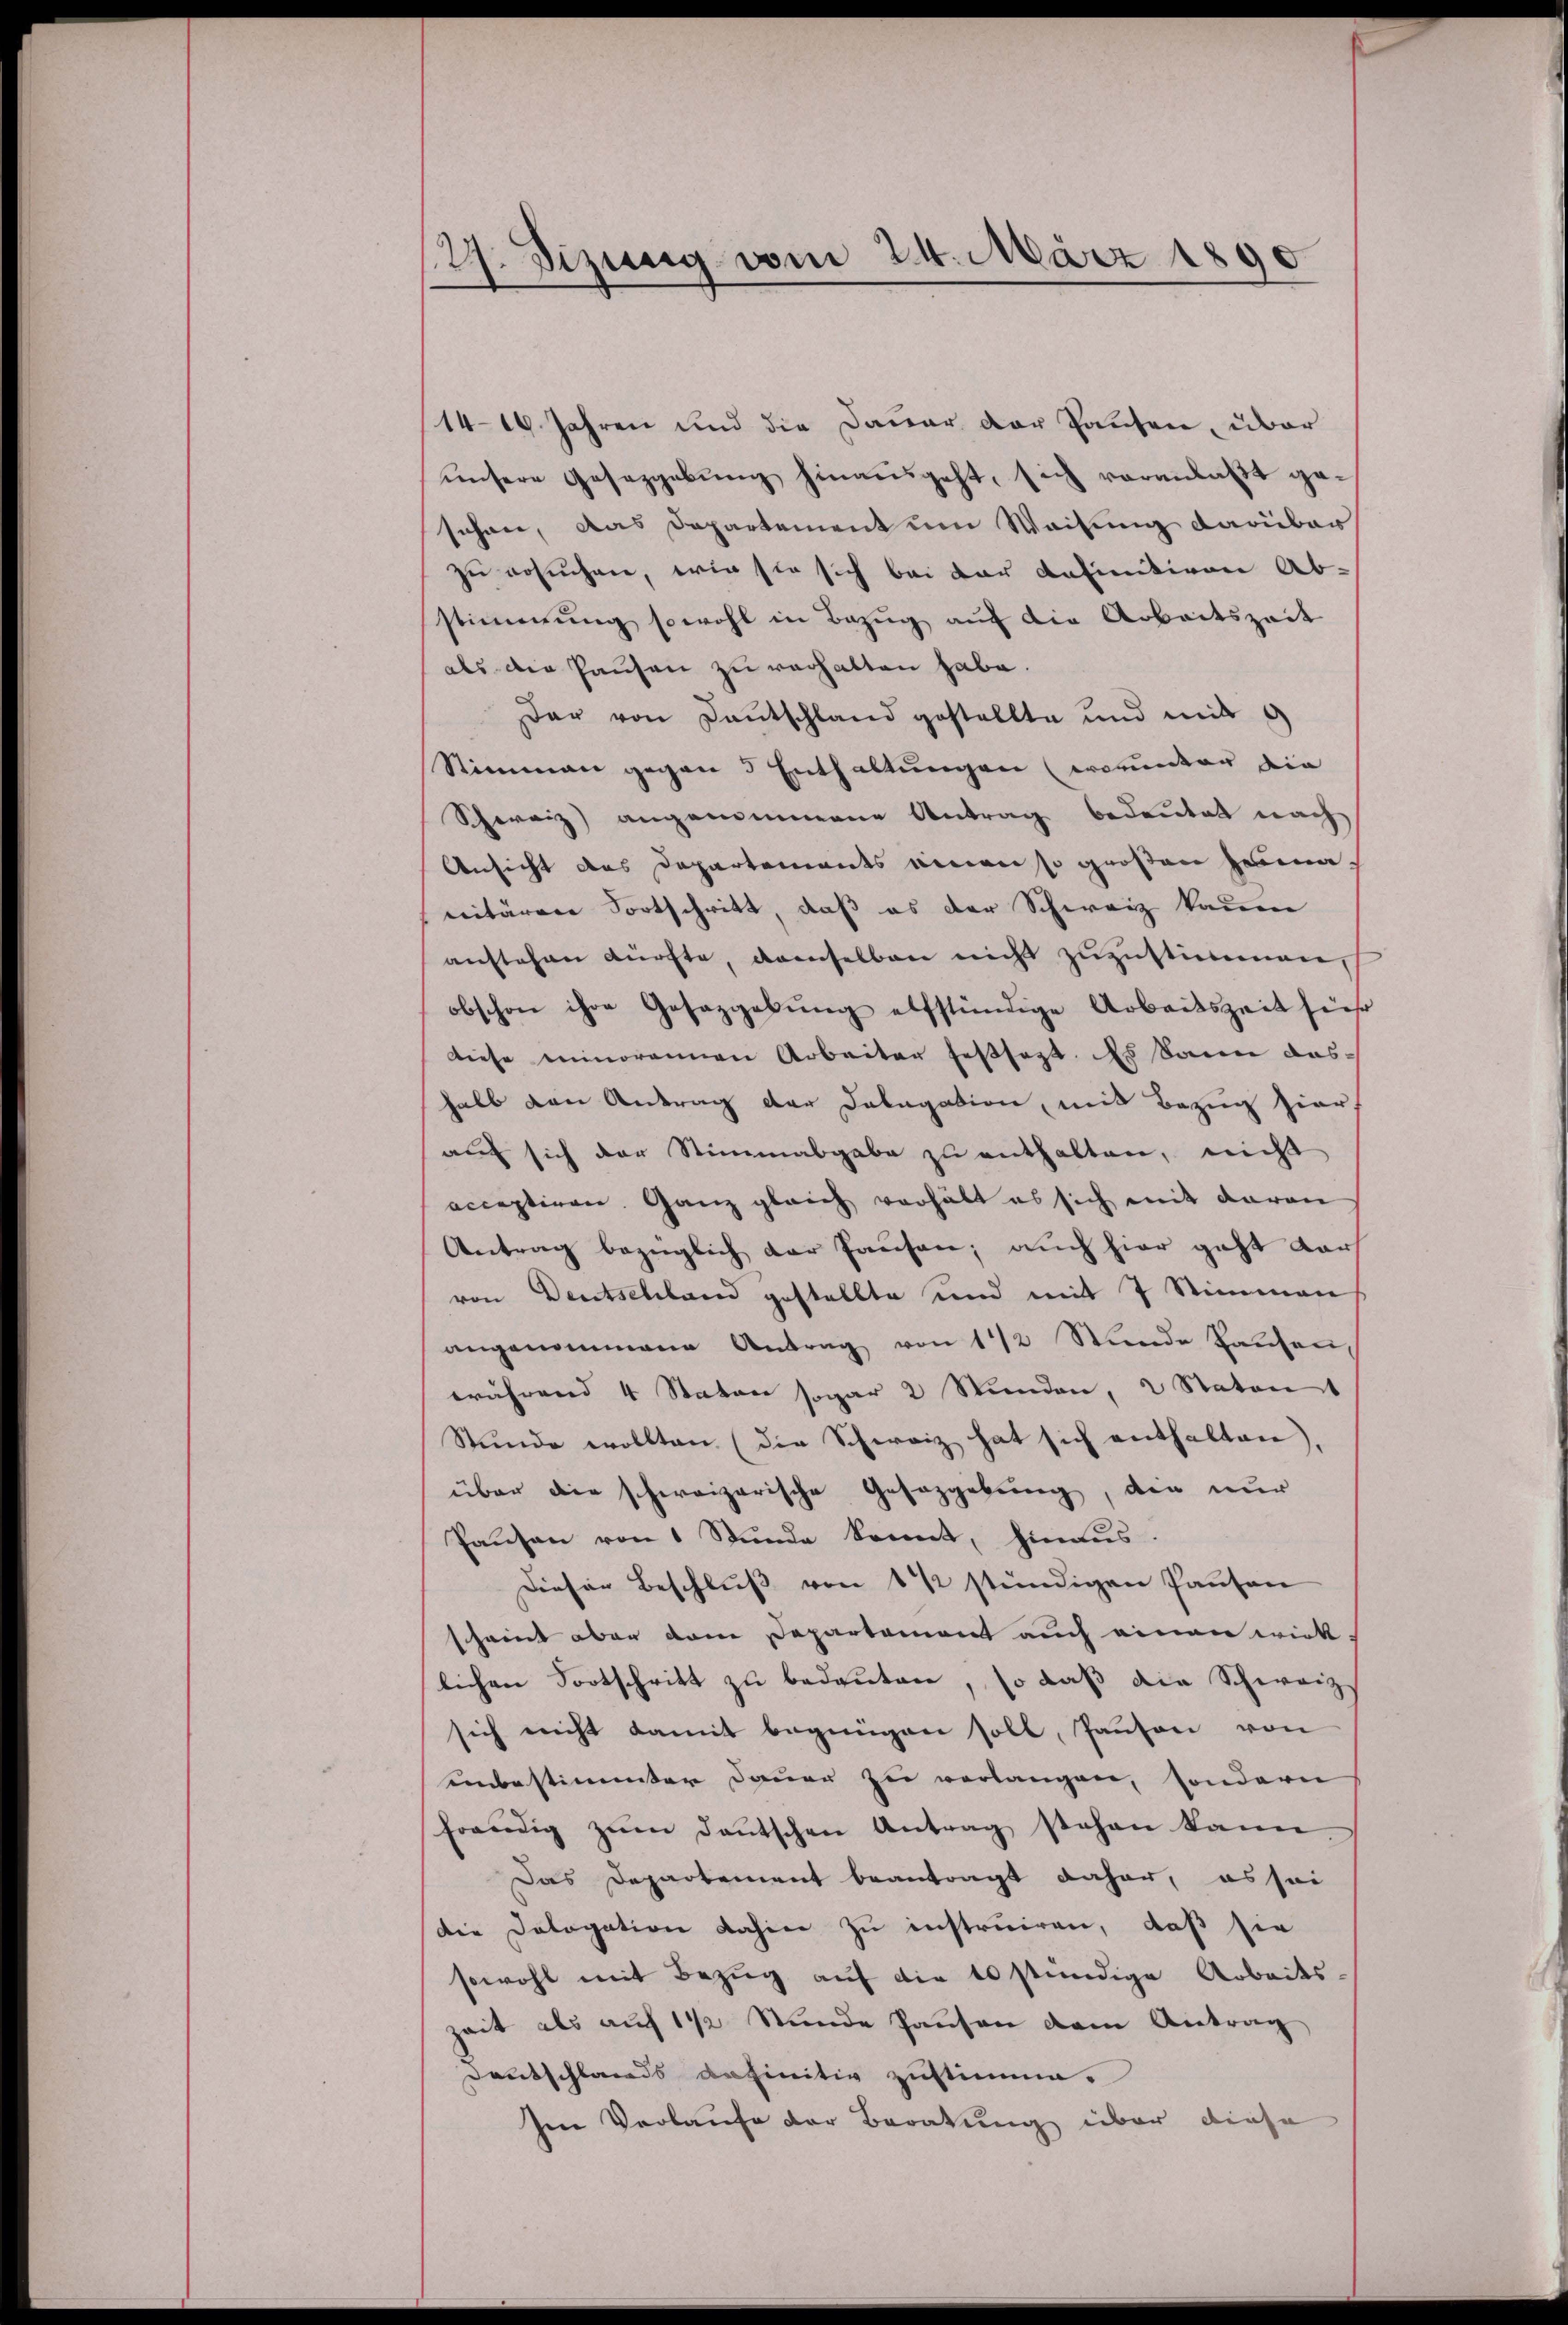
12. Sizung vom 24. März 1890

1416. Jahren und die Dauer der Pausen, über
unsere Gesezgebung hinausgeht, sich veranlaßt gesehen, das Departement um Weisung darüber
zu ersuchen, wie sie sich bei der definitiven Ab-
stimmung sowohl in Bezug auf die Arbeitszeit
als die Hausen zu verhalten habe.
dar von Dantschland gestellte und mit
Stimmen gegen 3 Enthaltungen (worunter die
Schweiz) angenommene Antrag bedeutet nach
Ansicht des Departements einen so großen Zama,
nitären Fortschritt, daß es der Schweiz kauen
anstehen dürfte, demselben nicht zuzustickernen,
obschon ihre Gesazgabŭng elfstündige Arbeitszeit sieh
diese minorennen Arbeiter festsagt. Es dann das
halb von Antrag der Delegation, mit Bezug hier,
auf sich der Stimmabgabe zu enthalten, nicht
acceptiren. Ganz gleich verhält es sich mit daran
Antrag bezüglich der Hausen; auch hier geht dar
von Deutschland gestellte und mit 7 Stimmen
angenommene Antrag von 1/2 Stunde Hausen,
während 4 Staten sogar 2 Stunden, 2 Statent
Stunde wollten (die Schweiz hat sich enthalten).
über die schweizerische Gesetzgebung, die nur
Panson von 1 Stunde konnt, hinaus.
Dieser Beschlŭβ von 1 ½ stündigen Pausen
schreit aber den Departement auch einen wirk
lichen Fortschritt zu bedeuten, so daß die Schweiz
sich nicht damit begnügen soll, Panson von
unbestimmter Dauer zu verlangen, sondern
freudig zŭm deŭtschen Antrag stehen kann
Das Departement beantragt daher, es sei
die Dologation dahin zu instruiren, daß sie
sowohl mit Bezug auf die 10 stündige Arbeits
zeit als auf 1 1/2 Stunde Hausen dem Antrag
Deutschlands definitiv zustimme.
Im Vorlaufe der Beratung über diese